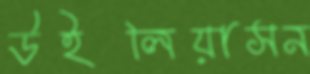
উইলিয়াসন